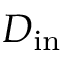
D _ { \mathrm { i n } }